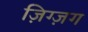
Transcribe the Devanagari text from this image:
ज़िग्ज़ग